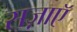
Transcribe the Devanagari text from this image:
सज़ाएॅ